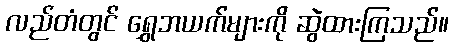
လည်တံတွင် ရွှေဘယက်များကို ဆွဲထားကြသည်။